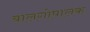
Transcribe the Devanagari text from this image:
बालगोपालक